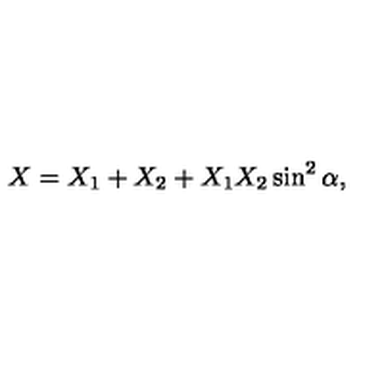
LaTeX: X = X _ { 1 } + X _ { 2 } + X _ { 1 } X _ { 2 } \sin ^ { 2 } \alpha ,